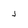
Character: j